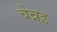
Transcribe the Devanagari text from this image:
चेन्नइ